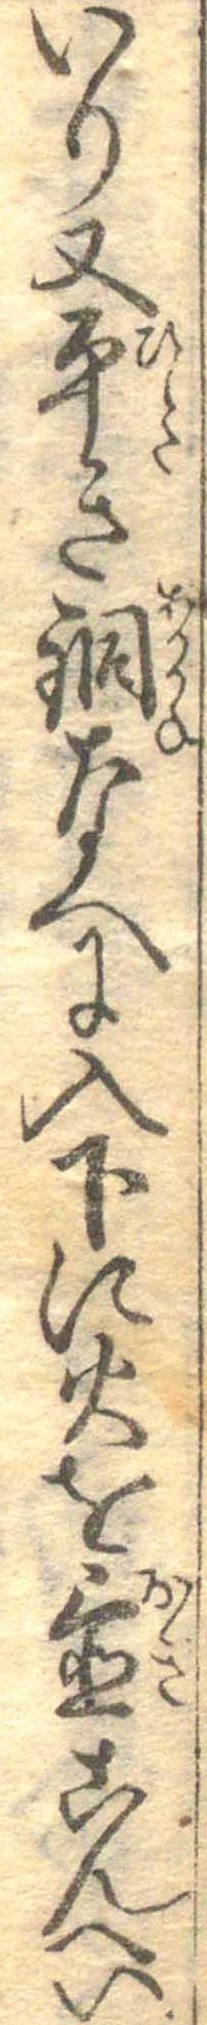
いり又平き銅なへに入下に火を置こんへい